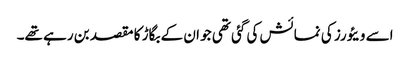
اسے ویئورز کی نمائش کی گئی تھی جو ان کے بگاڑ کا مقصد بن رہے تھے۔